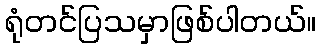
ရုံတင်ပြသမှာဖြစ်ပါတယ်။